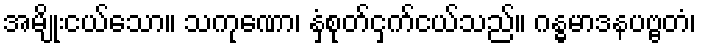
အမျိုးငယ်သော။ သကုဏော၊ နှံစုတ်ငှက်ငယ်သည်။ ဂန္ဓမာဒနပဗ္ဗတံ၊